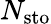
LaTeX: N_{\mathrm{{sto}}}